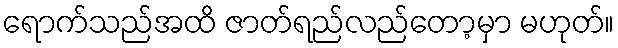
ရောက်သည်အထိ ဇာတ်ရည်လည်တော့မှာ မဟုတ်။